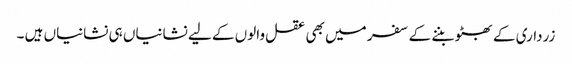
زرداری کے بھٹو بننے کے سفر میں بھی عقل والوں کے لیے نشانیاں ہی نشانیاں ہیں ۔